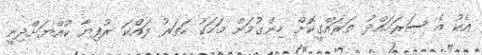
އެކު އެ ސަރަހައްދު ތަރައްގީކޮށް ހިންގުމަށް މަހަކު ހަތަރު ލައްކަ ރުފިޔާ ކުއްޔަށްދިނީ